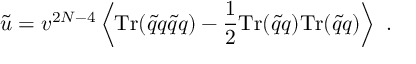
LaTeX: \tilde { u } = v ^ { 2 N - 4 } \left\langle \mathrm { T r } ( \tilde { q } q \tilde { q } q ) - { \frac { 1 } { 2 } } \mathrm { T r } ( \tilde { q } q ) \mathrm { T r } ( \tilde { q } q ) \right\rangle \ .